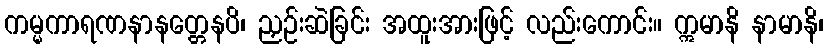
ကမ္မကာရဏနာနတ္တေနပိ၊ ညှဉ်းဆဲခြင်း အထူးအားဖြင့် လည်းကောင်း။ ဣမာနိ နာမာနိ၊